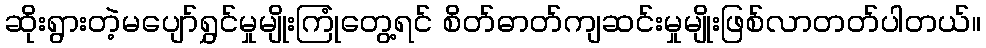
ဆိုးရွားတဲ့မပျော်ရွှင်မှုမျိုးကြုံတွေ့ရင် စိတ်ဓာတ်ကျဆင်းမှုမျိုးဖြစ်လာတတ်ပါတယ်။